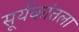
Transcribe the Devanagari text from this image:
सूर्यकांतला